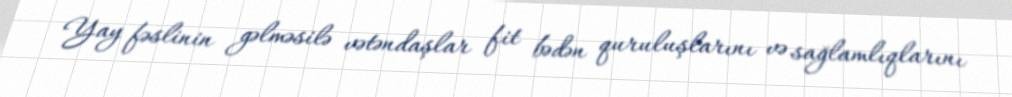
Yay fəslinin gəlməsilə vətəndaşlar fit bədən quruluşlarını və sağlamlıqlarını